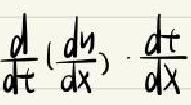
\[ \frac{d}{dt}\left(\frac{dy}{dx}\right)\cdot\frac{dt}{dx} \]